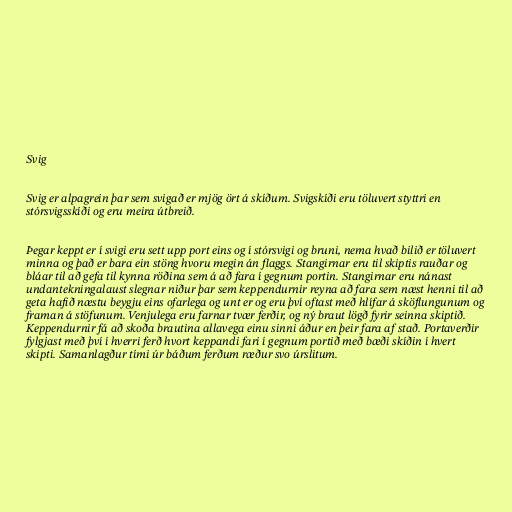
Svig

Svig er alpagrein þar sem svigað er mjög ört á skíðum. Svigskíði eru töluvert styttri en
stórsvigsskíði og eru meira útbreið.

Þegar keppt er í svigi eru sett upp port eins og í stórsvigi og bruni, nema hvað bilið er töluvert
minna og það er bara ein stöng hvoru megin án flaggs. Stangirnar eru til skiptis rauðar og
bláar til að gefa til kynna röðina sem á að fara í gegnum portin. Stangirnar eru nánast
undantekningalaust slegnar niður þar sem keppendurnir reyna að fara sem næst henni til að
geta hafið næstu beygju eins ofarlega og unt er og eru því oftast með hlífar á sköflungunum og
framan á stöfunum. Venjulega eru farnar tvær ferðir, og ný braut lögð fyrir seinna skiptið.
Keppendurnir fá að skoða brautina allavega einu sinni áður en þeir fara af stað. Portaverðir
fylgjast með því í hverri ferð hvort keppandi fari í gegnum portið með bæði skíðin í hvert
skipti. Samanlagður tími úr báðum ferðum ræður svo úrslitum.